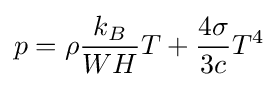
p=\rho {\frac {k_{B}}{WH}}T+{\frac {4\sigma }{3c}}T^{4}